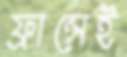
ফ্রান্সেই